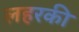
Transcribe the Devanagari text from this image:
लहरकी